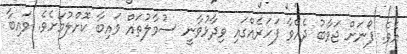
އެވެ. ފޯނަށް ޖަވާބު ދެއްވާ ފަހަރެއްގައި ވިދާޅުވާނީ ސުވާލުތައް ވައިބާ ކޮށްލުމަށެވެ. ވައިބާ